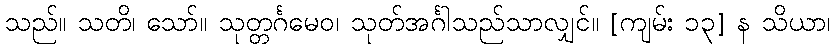
သည်။ သတိ၊ သော်။ သုတ္တင်္ဂမေဝ၊ သုတ်အင်္ဂါသည်သာလျှင်။ [ကျမ်း ၁၃] န သိယာ၊